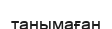
танымаған